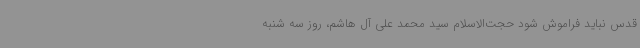
قدس نباید فراموش شود حجت‌الاسلام سید محمد علی آل هاشم، روز سه شنبه